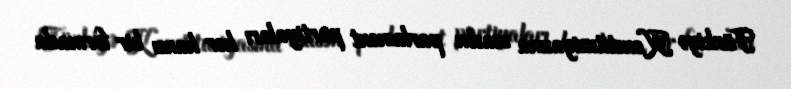
Türkiyə Konstitusiyasına əsasən parlament partiyaları hər hansı bir formada